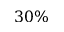
3 0 \%